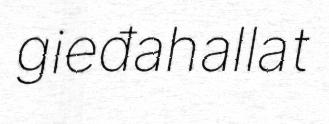
gieđahallat